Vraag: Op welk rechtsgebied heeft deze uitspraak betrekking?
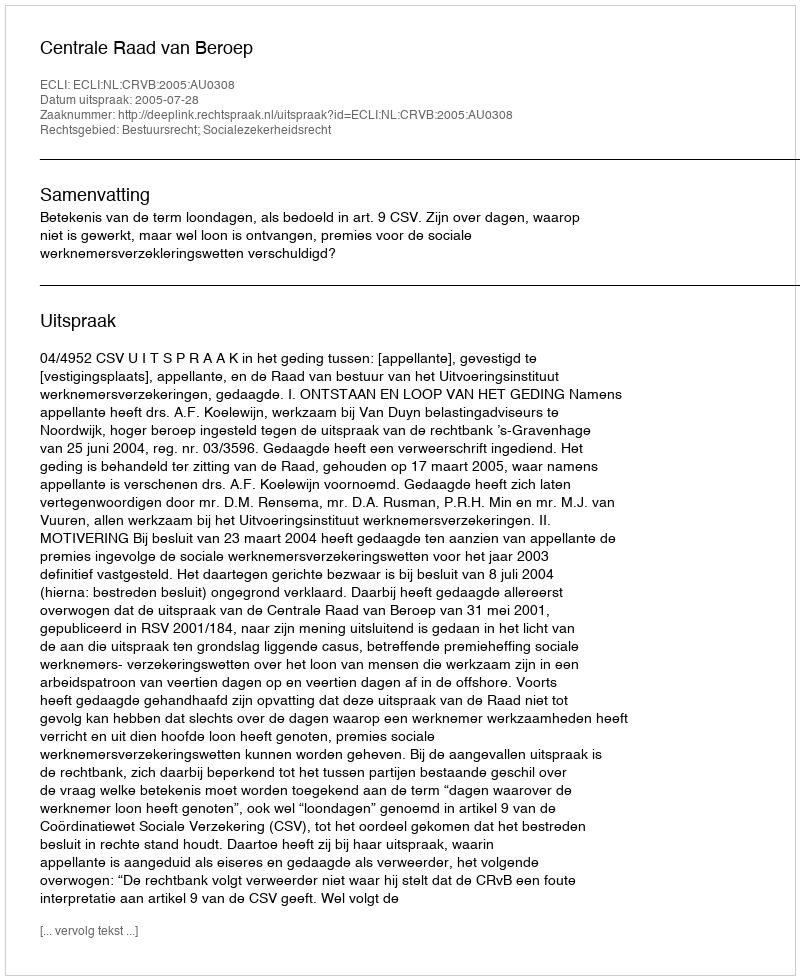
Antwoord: Bestuursrecht; Socialezekerheidsrecht